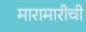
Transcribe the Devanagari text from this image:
मारामारीची